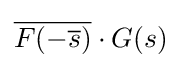
{\overline {F(-{\overline {s}})}}\cdot G(s)